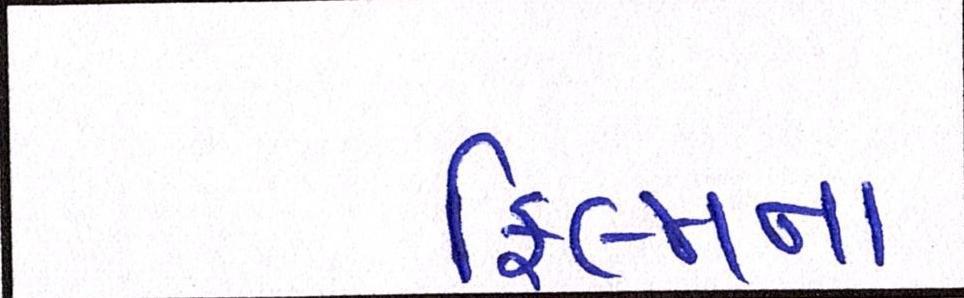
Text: ફિલ્મના